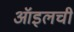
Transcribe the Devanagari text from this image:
ऑइलची